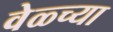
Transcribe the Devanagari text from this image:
वेळ्च्या